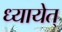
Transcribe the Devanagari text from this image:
ध्यायेत्